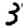
Digit: 3